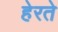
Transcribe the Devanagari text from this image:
हेरते